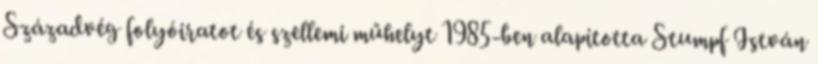
Századvég folyóiratot és szellemi műhelyt 1985-ben alapította Stumpf István